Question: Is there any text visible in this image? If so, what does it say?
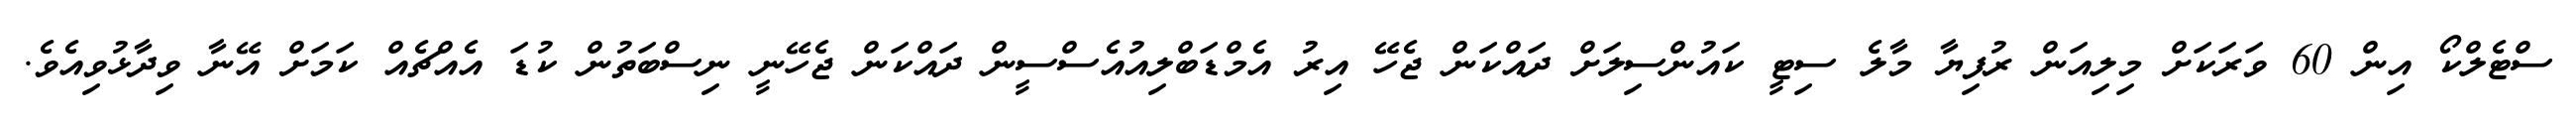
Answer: ސްޓެލްކޯ އިން 60 ވަރަކަށް މިލިއަން ރުފިޔާ މާލެ ސިޓީ ކައުންސިލަށް ދައްކަން ޖެހޭ އިރު އެމްޑަބްލިއުއެސްސީން ދައްކަން ޖެހޭނީ ނިސްބަތުން ކުޑަ އެއްޗެއް ކަމަށް އޭނާ ވިދާޅުވިއެވެ.